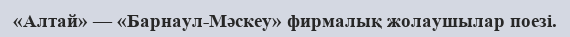
«Алтай» — «Барнаул-Мәскеу» фирмалық жолаушылар поезі.